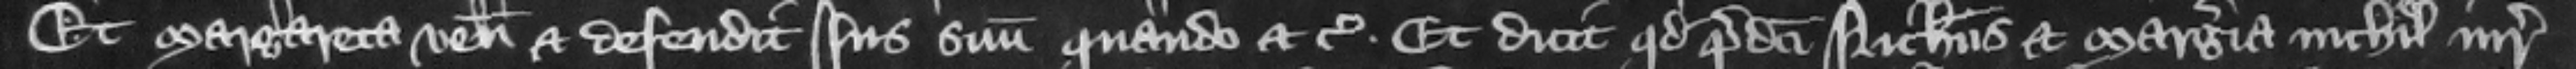
Et Margareta venit et defendit ius suum quando etc. Et dicit quod predicti Nicholaus et Margeria nichil iuris